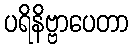
ပရိနိဗ္ဗာပေတာ